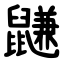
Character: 鼸